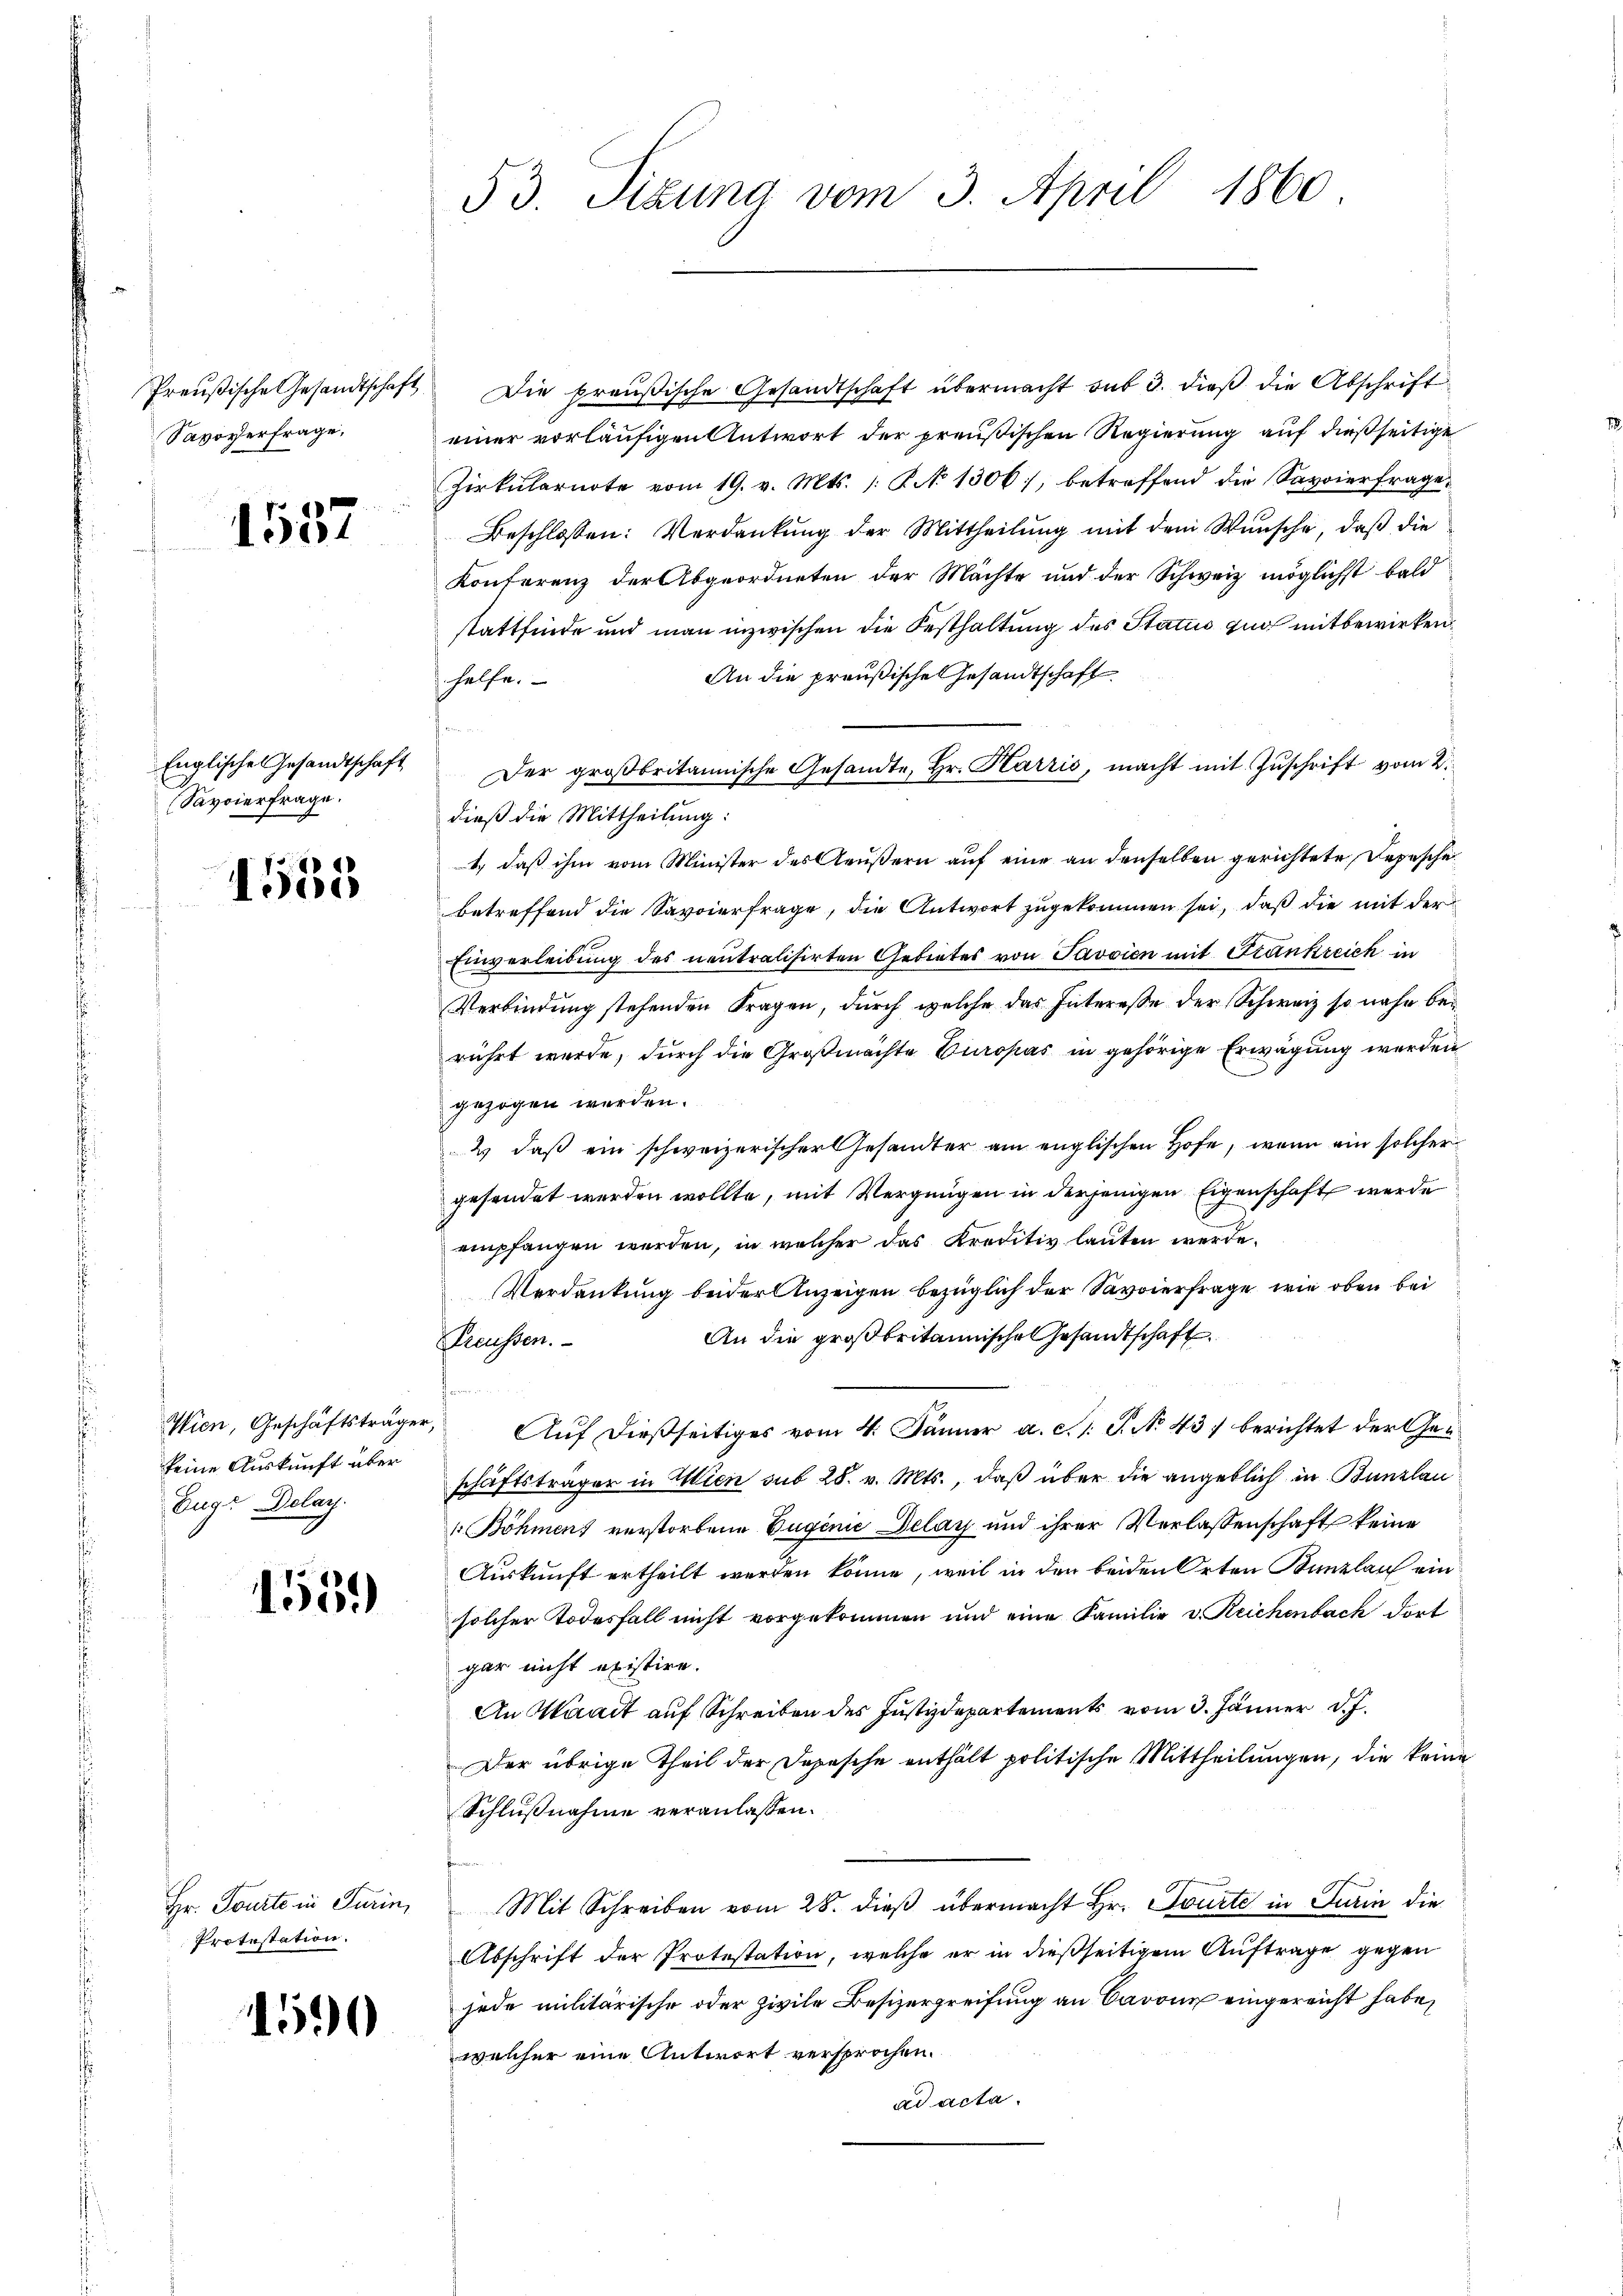
Preußische Gesandtschaft
Savoverfrage,

1557

Englische Gesandtschaft
Savoierfrage.

4555

Wien, Geschäftsträger
keine Auskunft über
Eugr Dolay.

1559

Hr. Tourte in Turin,
Protestation.

1500

53. Sizung vom 3. April 1860.

Die preußische Gesandtschaft übermacht aus 3. dieß die Abschrift
einer vorläufigen Antwort der preußischen Regierung auf dießseitige
Zirkularnote vom 19. v. Mts. /: § 1306, betreffend die Savoierfrage.
Beschlossen: Verdankung der Mittheilung mit dem Wunsche, daß die
Konferenz der Abgeordneten der Mächte und der Schweiz möglichst bald
stattfinde und man inzwischen die Festhaltung des Status zur mit bewirken
An die preußischen Gesandtschaft
helfe.
t
Der großbritannische Gesandte, Hr. Karzić, macht mit Zuschrift vom 2.
dieß die Mittheilung:
1., daß ihm vom Minister des Aeußern auf eine an denselben gerichtete Depesche
betreffend die Savoierfrage, die Antwort zugekommen sei, daß die mit der
Einverleidung des neutralisirten Gebietes von Javsien mit Frankreich in
Verbindung stehenden Fragen, durch welche das Interesse der Schweiz so nahe berührt wurde, durch die Großmachte Europas in gehörige Erwägung werden
gezogen werden.
2 daß ein schweizerischer Gesandter am englischen Hofe, wenn ein solcher
gesendet werden wollte, mit Vergnügen in derjenigen Eigenschaft werde
empfangen werden, in welcher das Kreditiv lauten werde.
Verdankung beider Anzeigen bezüglich der Savoierfrage, wie oben bei
An die großbritannische Gesandtschaft
Preussen.
Auf dießseitiges vom 4. Jänner a. c. l. J. No 43) berichtet der Geschäftsträger in Wien sub 28. v. Mts., daß über die angeblich in Bunzlau
1 Böhmen verstorbene Tugenie Delay und ihrer Verlassenschaft keine
Auskunft ertheilt werden könne, weil in den beiden Orten Kanzleich ein
solcher Todesfall nicht vorgekommen und eine Familie v. Reichenbach dort
gar nicht existire.
An Waadt auf Schreiben des Justizdepartements vom 3. Jänner d. J.
Der übrige Theil der Depesche enthält politische Mittheilungen, die keine
Schlußnahme veranlassen.
Mit Schreiben vom 28. dieß übermacht Hr. Tourte in Turin die
Abschrift der Protestation, welche er in dießseitigem Auftrage gegen
jede militärische oder zivile Besizergreifung an Barone eingereicht habe,
welcher eine Antwort versprochen.
ad acta.